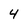
Character: 4